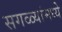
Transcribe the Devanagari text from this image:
सगळ्यांमध्ये